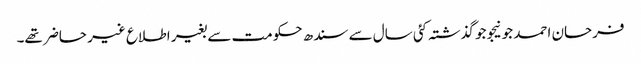
فرحان احمد جونیجو جو گذشتہ کئی سال سے سندھ حکومت سے بغیر اطلاع غیر حاضر تھے۔